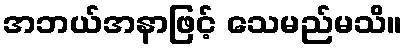
အဘယ်အနာဖြင့် သေမည်မသိ။